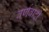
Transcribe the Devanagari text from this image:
वर्णवादी